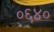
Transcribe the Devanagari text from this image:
०६४०